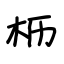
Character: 枥